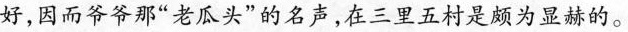
好，因而爷爷那”老瓜头”的名声，在三里五村是颇为显赫的。